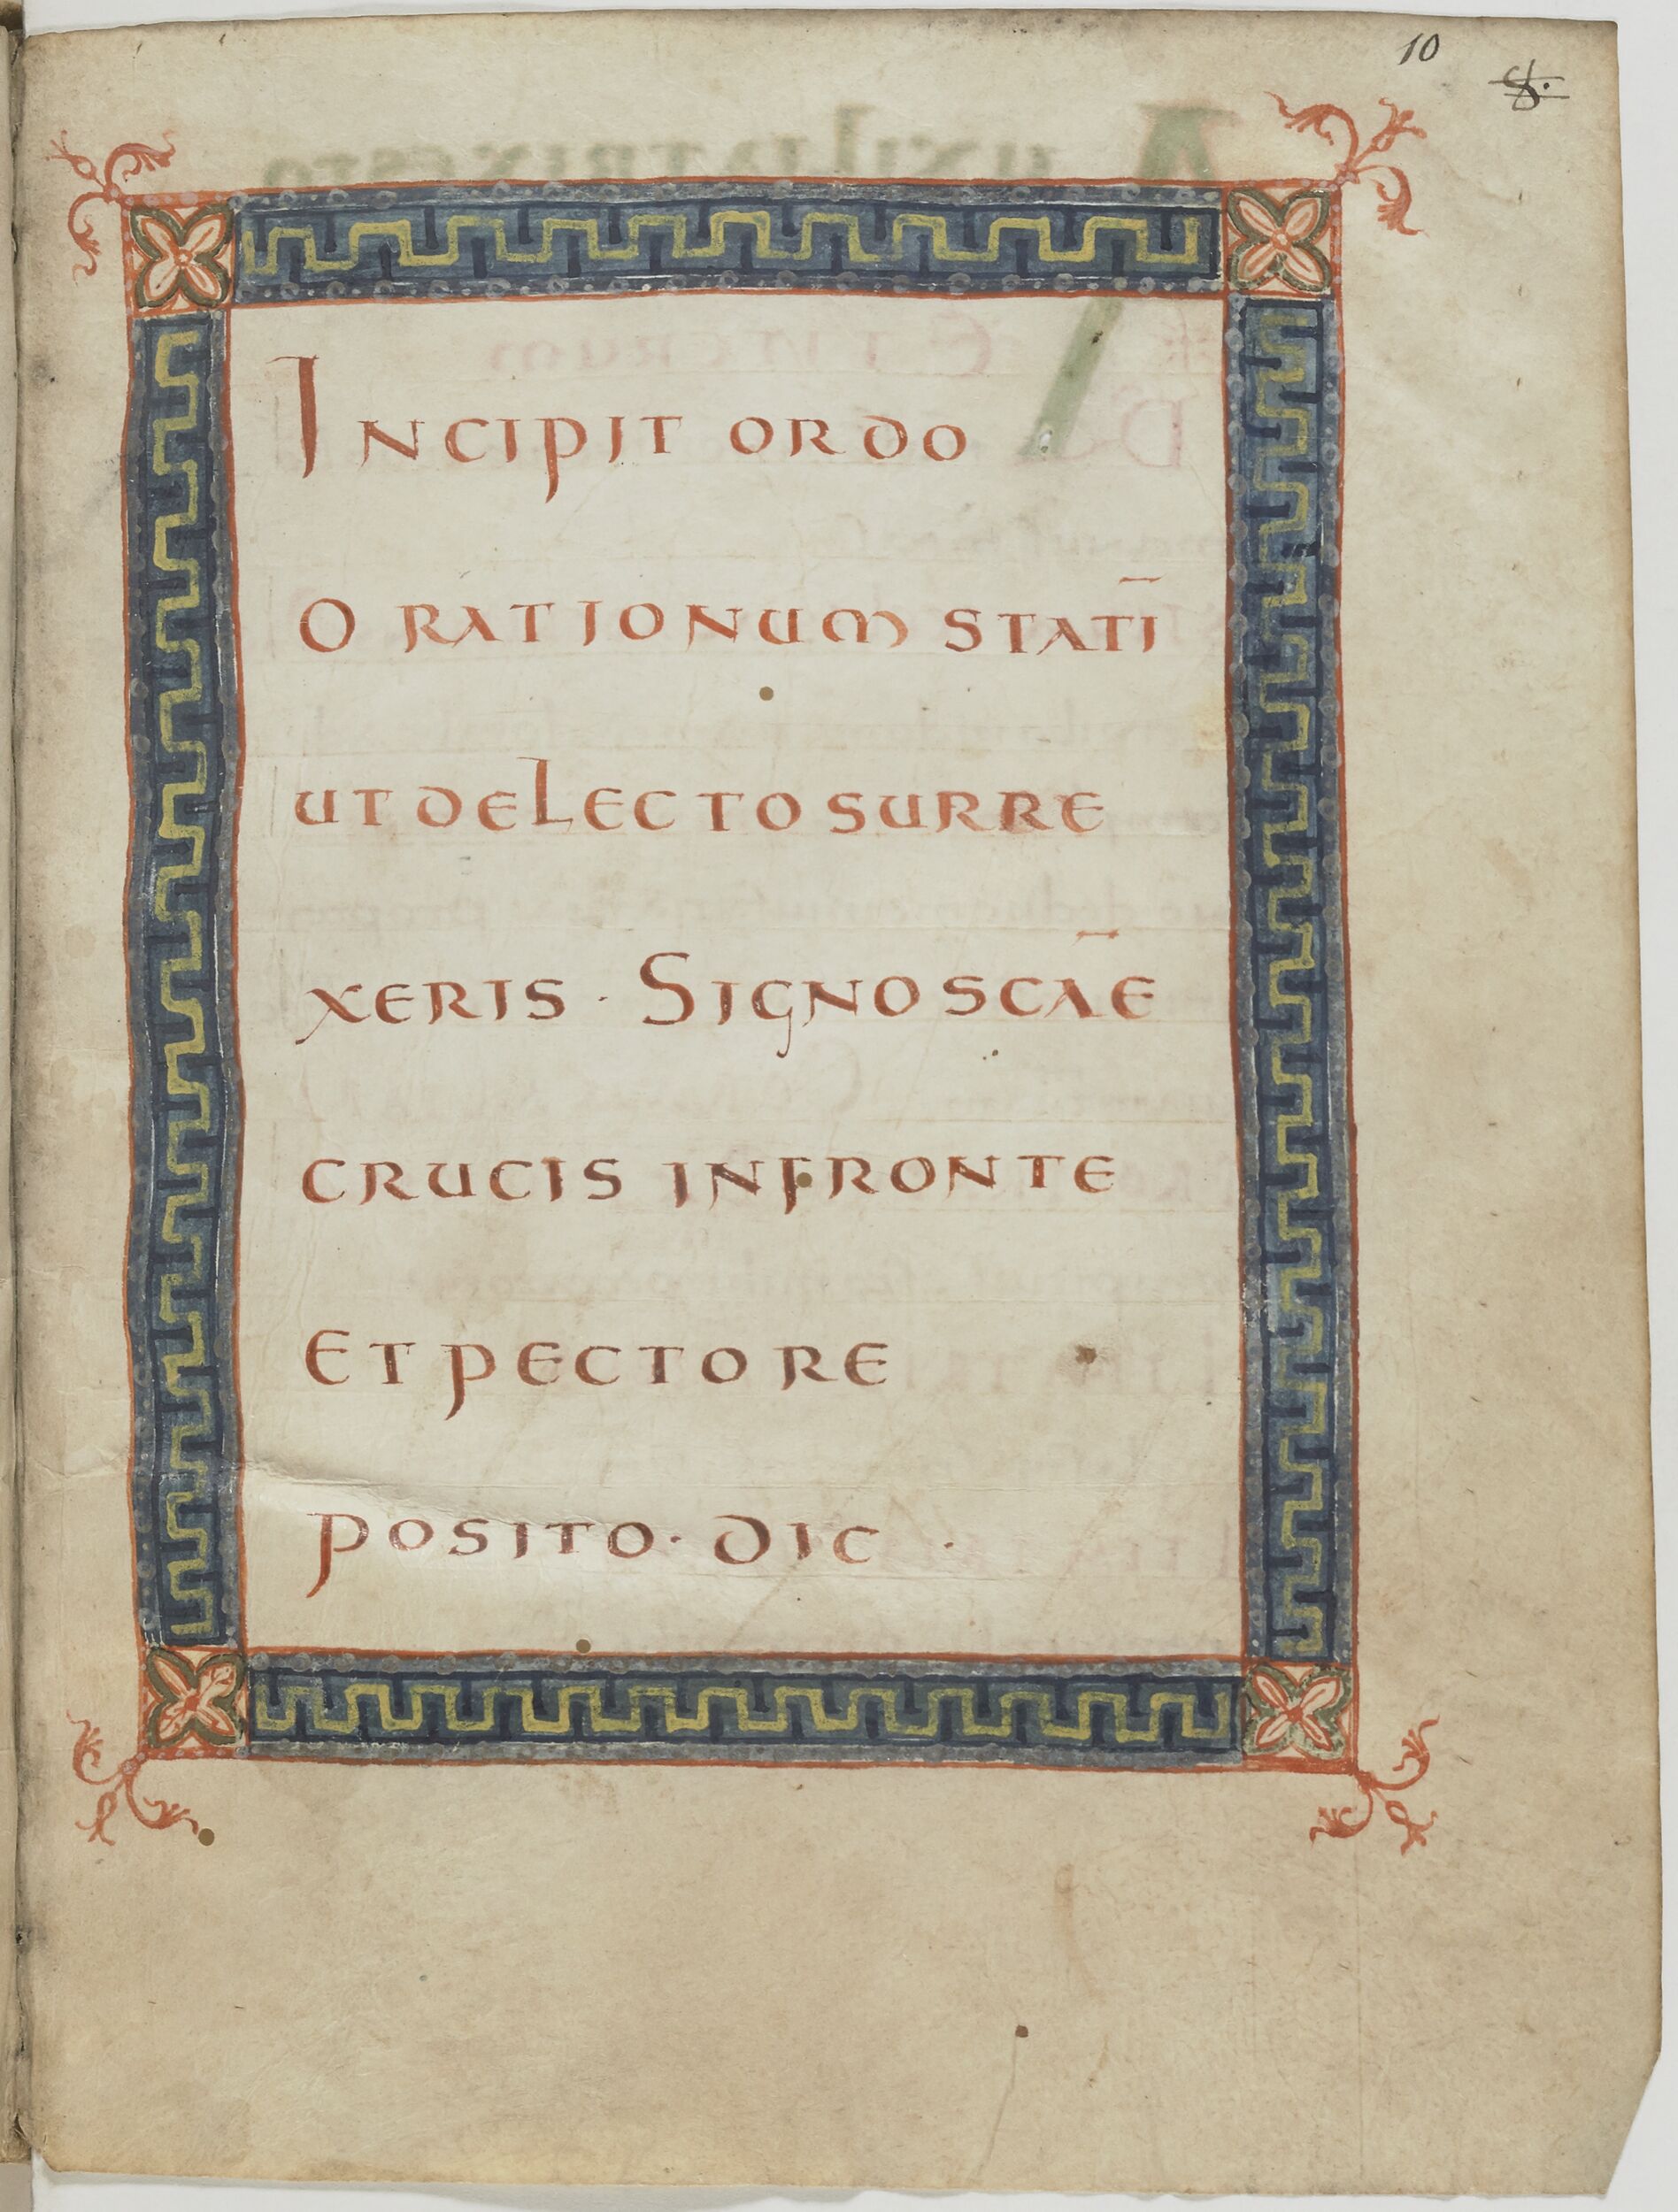
Shelfmark: Paris, BnF, lat. 13388
Century: 9